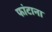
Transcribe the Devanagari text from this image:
फांटाना